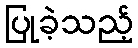
ပြုခဲ့သည့်